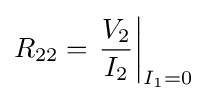
R_{22}=\left.{\frac {V_{2}}{I_{2}}}\right|_{I_{1}=0}